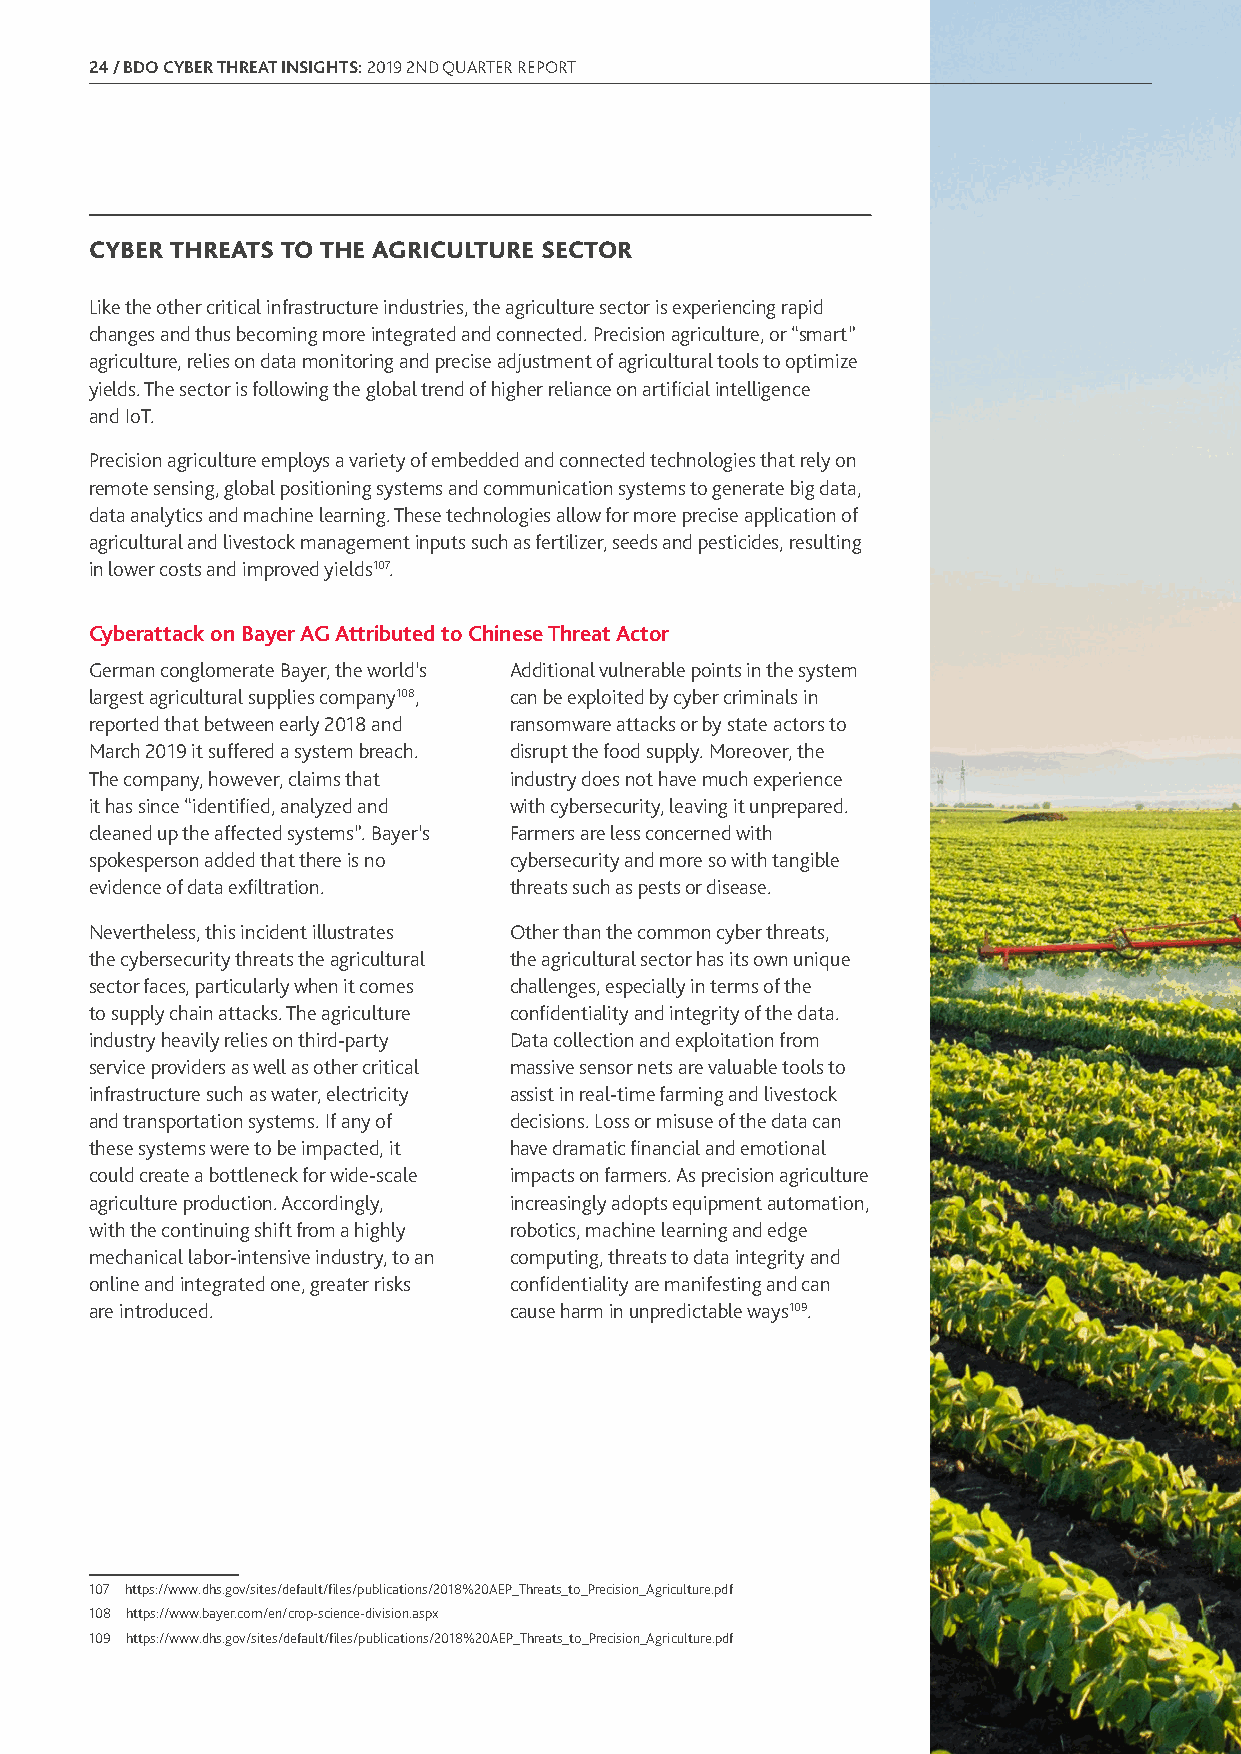
24 / BDO CYBER THREAT INSIGHTS: 2019 2ND QUARTER REPORT
 CYBER THREATS TO THE AGRICULTURE SECTOR
 Like the other critical infrastructure industries, the agriculture sector is experiencing rapid
 changes and thus becoming more integrated and connected. Precision agriculture, or “smart”
 agriculture, relies on data monitoring and precise adjustment of agricultural tools to optimize
 yields. The sector is following the global trend of higher reliance on artificial intelligence
 and IoT.
 Precision agriculture employs a variety of embedded and connected technologies that rely on
 remote sensing, global positioning systems and communication systems to generate big data,
 data analytics and machine learning. These technologies allow for more precise application of
 agricultural and livestock management inputs such as fertilizer, seeds and pesticides, resulting
 in lower costs and improved yields107.
 Cyberattack on Bayer AG Attributed to Chinese Threat Actor
 German conglomerate Bayer, the world’s Additional vulnerable points in the system
 largest agricultural supplies company108, can be exploited by cyber criminals in
 reported that between early 2018 and ransomware attacks or by state actors to
 March 2019 it suffered a system breach. disrupt the food supply. Moreover, the
 The company, however, claims that industry does not have much experience
 it has since “identified, analyzed and with cybersecurity, leaving it unprepared.
 cleaned up the affected systems”. Bayer’s Farmers are less concerned with
 spokesperson added that there is no cybersecurity and more so with tangible
 evidence of data exfiltration. threats such as pests or disease.
 Nevertheless, this incident illustrates Other than the common cyber threats,
 the cybersecurity threats the agricultural the agricultural sector has its own unique
 sector faces, particularly when it comes challenges, especially in terms of the
 to supply chain attacks. The agriculture confidentiality and integrity of the data.
 industry heavily relies on third-party Data collection and exploitation from
 service providers as well as other critical massive sensor nets are valuable tools to
 infrastructure such as water, electricity assist in real-time farming and livestock
 and transportation systems. If any of decisions. Loss or misuse of the data can
 these systems were to be impacted, it have dramatic financial and emotional
 could create a bottleneck for wide-scale impacts on farmers. As precision agriculture
 agriculture production. Accordingly, increasingly adopts equipment automation,
 with the continuing shift from a highly robotics, machine learning and edge
 mechanical labor-intensive industry, to an computing, threats to data integrity and
 online and integrated one, greater risks confidentiality are manifesting and can
 are introduced.             cause harm in unpredictable ways109.
 107 https://www.dhs.gov/sites/default/files/publications/2018%20AEP_Threats_to_Precision_Agriculture.pdf
 108 https://www.bayer.com/en/crop-science-division.aspx
 109 https://www.dhs.gov/sites/default/files/publications/2018%20AEP_Threats_to_Precision_Agriculture.pdf